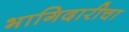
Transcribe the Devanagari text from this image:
भागिदारीचा